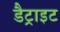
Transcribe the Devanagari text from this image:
डैट्राइट